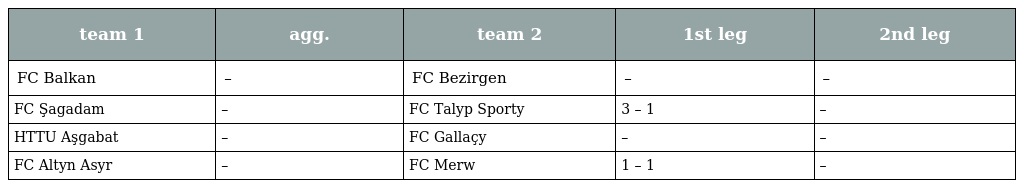
| team 1 | agg. | team 2 | 1st leg | 2nd leg |
 | --- | --- | --- | --- | --- |
 | FC Balkan | – | FC Bezirgen | – | – |
 | FC Şagadam | – | FC Talyp Sporty | 3 – 1 | – |
 | HTTU Aşgabat | – | FC Gallaçy | – | – |
 | FC Altyn Asyr | – | FC Merw | 1 – 1 | – |